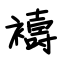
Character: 禱